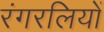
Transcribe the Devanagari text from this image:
रंगरलियों